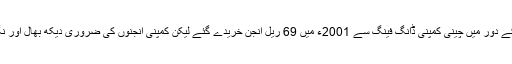
جنرل پرویزمشرف کے دور میں چینی کمپنی ڈانگ فینگ سے 2001ء میں 69 ریل انجن خریدے گئے لیکن کمپنی انجنوں کی ضروری دیکھ بھال اور نگرانی میں ناکام رہی۔